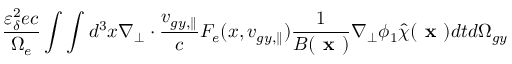
\frac { \varepsilon _ { \delta } ^ { 2 } e c } { \Omega _ { e } } \int \int d ^ { 3 } x \nabla _ { \perp } \boldsymbol { \cdot } \frac { v _ { g y , \parallel } } { c } F _ { e } ( x , v _ { g y , \parallel } ) \frac { 1 } { B ( \textbf { x } ) } \nabla _ { \perp } \phi _ { 1 } \hat { \chi } ( \textbf { x } ) d t d \Omega _ { g y }